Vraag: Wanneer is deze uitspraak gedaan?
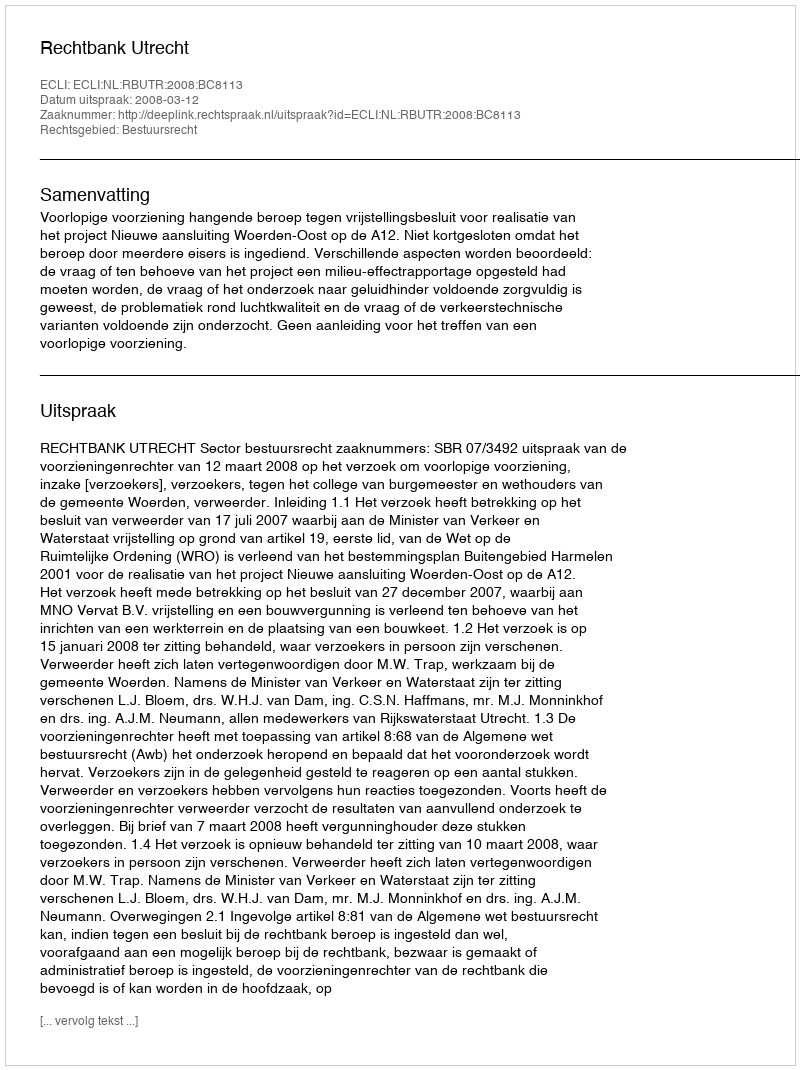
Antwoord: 2008-03-12